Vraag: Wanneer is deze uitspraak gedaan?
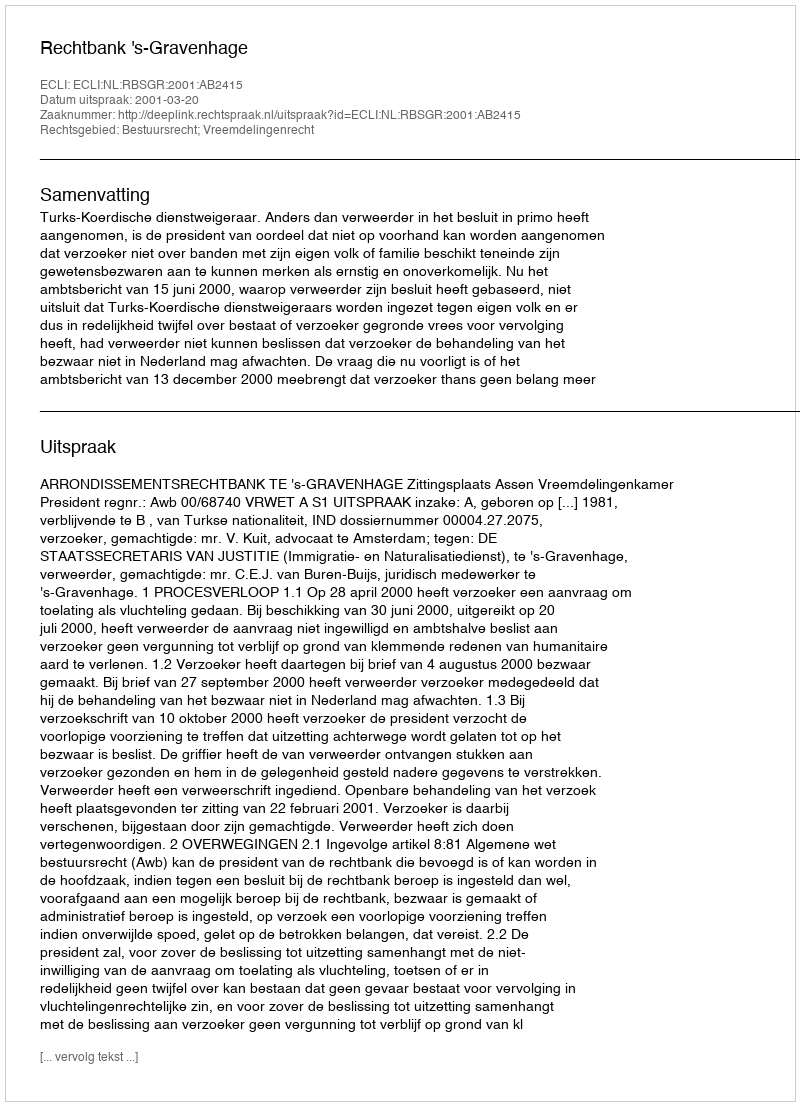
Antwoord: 2001-03-20